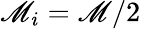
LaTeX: \mathscr{M}_{i}=\mathscr{M}/2